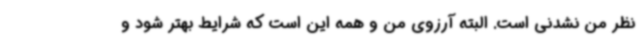
نظر من نشدنی است. البته آرزوی من و همه این است که شرایط بهتر شود و